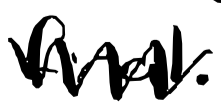
Text: final.
Cross-out: mix
Writing tool: digital_black